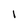
Character: I